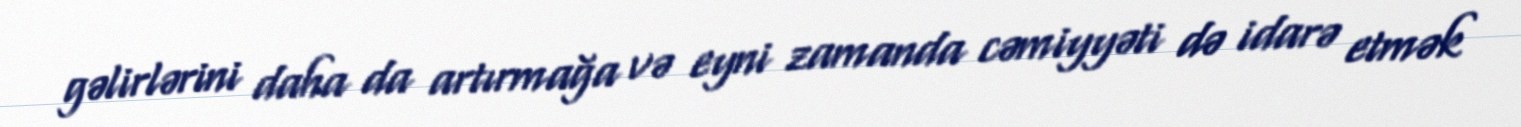
gəlirlərini daha da artırmağa və eyni zamanda cəmiyyəti də idarə etmək